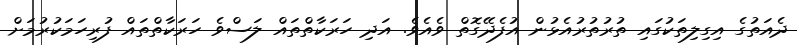
ދެއަތުގެ އިގިލިތަކުގައި ތުރުތުރުއެޅުން އުފެދޭގޮތް ވެއެވެ. އަދި ހަރަކާތްތައް ލަސްވެ ހަރަކާތްތައް ފުރިހަމަކުރުމަށް